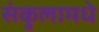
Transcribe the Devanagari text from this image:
संकुलामधे